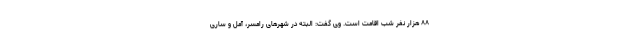
۸۸ هزار نفر شب اقامت است. وی گفت: البته در شهرهای رامسر، آمل و ساری